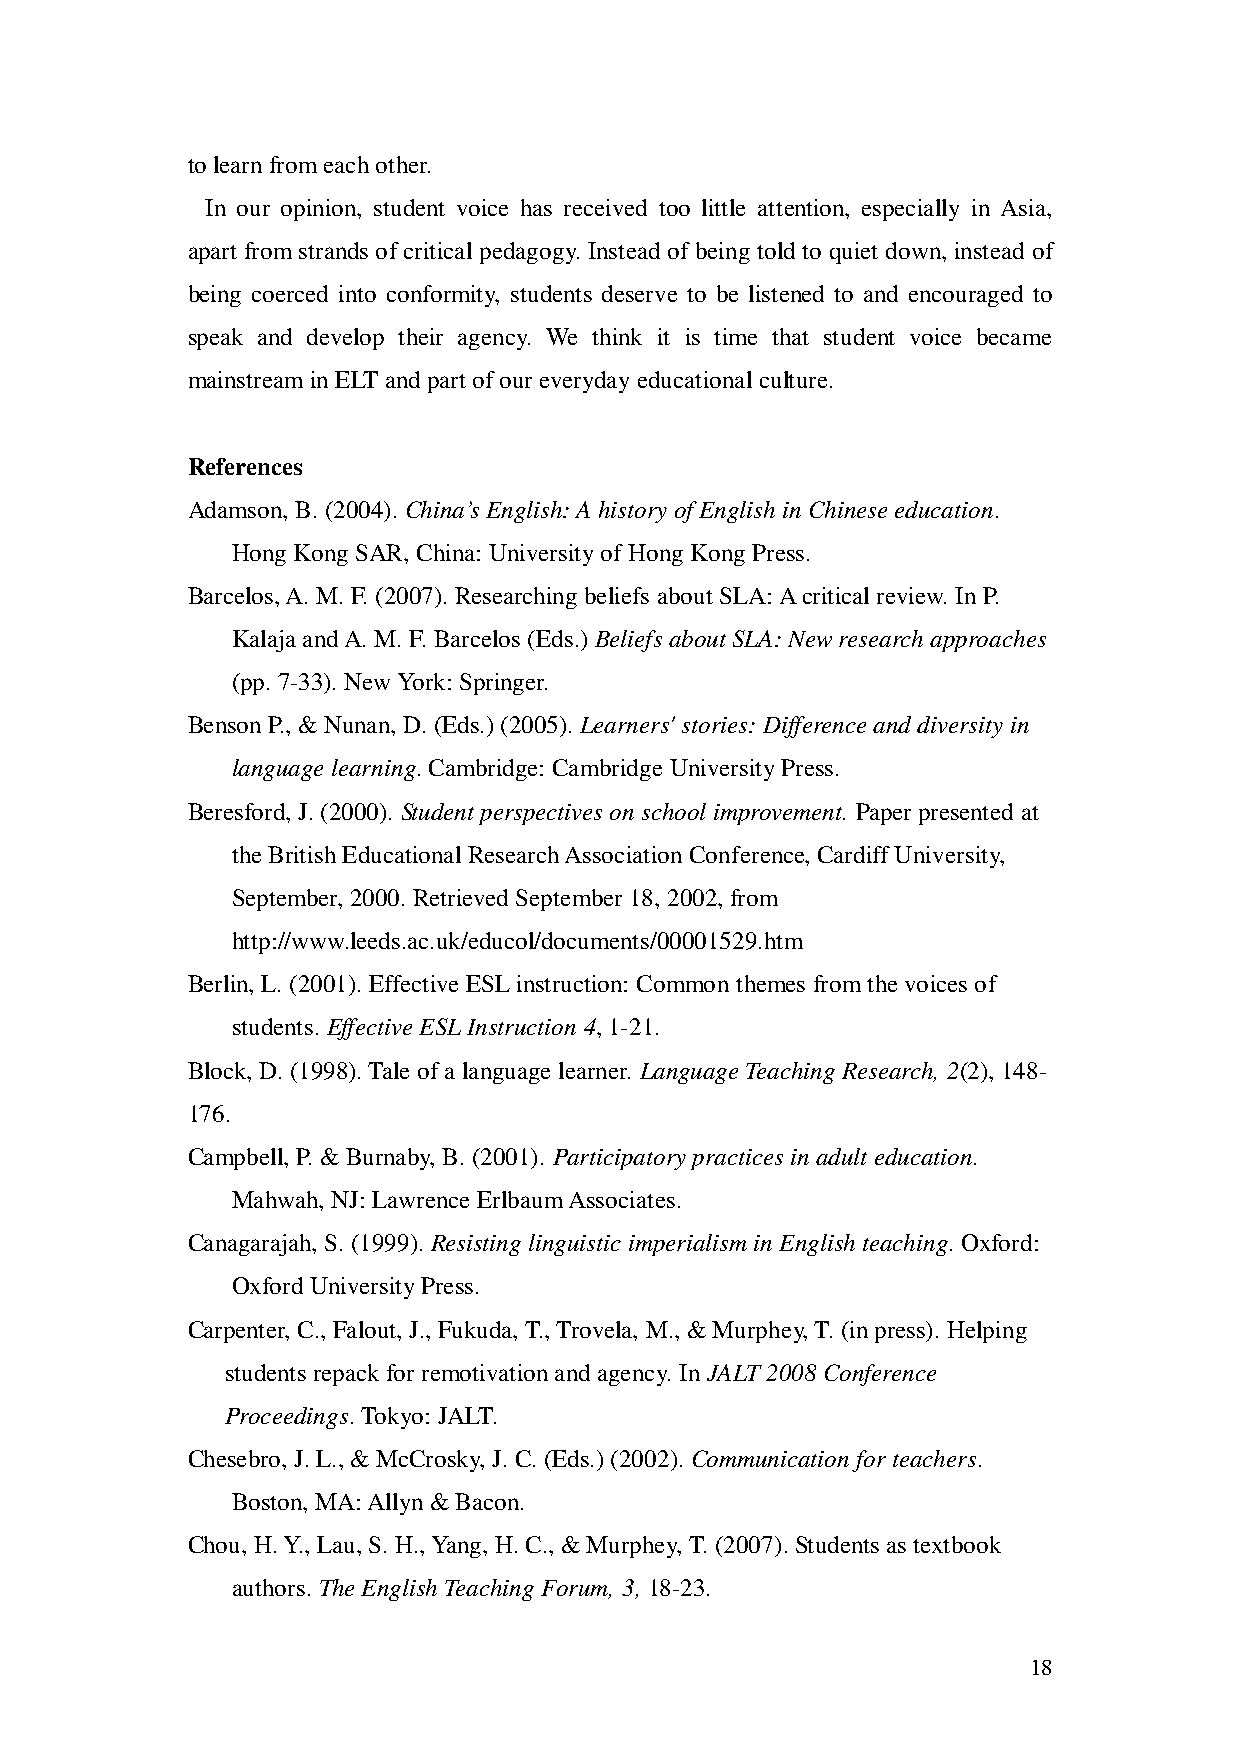
to learn from each other.
 In our opinion, student voice has received too little attention, especially in Asia,
 apart from strands of critical pedagogy. Instead of being told to quiet down, instead of
 being coerced into conformity, students deserve to be listened to and encouraged to
 speak and develop their agency. We think it is time that student voice became
 mainstream in ELT and part of our everyday educational culture.
 References
 Adamson, B. (2004). China’s English: A history of English in Chinese education.
 Hong Kong SAR, China: University of Hong Kong Press.
 Barcelos, A. M. F. (2007). Researching beliefs about SLA: A critical review. In P.
 Kalaja and A. M. F. Barcelos (Eds.) Beliefs about SLA: New research approaches
 (pp. 7-33). New York: Springer.
 Benson P., & Nunan, D. (Eds.) (2005). Learners' stories: Difference and diversity in
 language learning. Cambridge: Cambridge University Press.
 Beresford, J. (2000). Student perspectives on school improvement. Paper presented at
 the British Educational Research Association Conference, Cardiff University,
 September, 2000. Retrieved September 18, 2002, from
 http://www.leeds.ac.uk/educol/documents/00001529.htm
 Berlin, L. (2001). Effective ESL instruction: Common themes from the voices of
 students. Effective ESL Instruction 4, 1-21.
 Block, D. (1998). Tale of a language learner. Language Teaching Research, 2(2), 148-
 176.
 Campbell, P. & Burnaby, B. (2001). Participatory practices in adult education.
 Mahwah, NJ: Lawrence Erlbaum Associates.
 Canagarajah, S. (1999). Resisting linguistic imperialism in English teaching. Oxford:
 Oxford University Press.
 Carpenter, C., Falout, J., Fukuda, T., Trovela, M., & Murphey, T. (in press). Helping
 students repack for remotivation and agency. In JALT 2008 Conference
 Proceedings. Tokyo: JALT.
 Chesebro, J. L., & McCrosky, J. C. (Eds.) (2002). Communication for teachers.
 Boston, MA: Allyn & Bacon.
 Chou, H. Y., Lau, S. H., Yang, H. C., & Murphey, T. (2007). Students as textbook
 authors. The English Teaching Forum, 3, 18-23.
 18